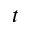
t